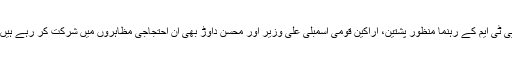
پی ٹی ایم کے رہنما منظور پشتین، اراکین قومی اسمبلی علی وزیر اور محسن داوڑ بھی ان احتجاجی مظاہروں میں شرکت کر رہے ہیں۔